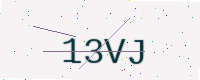
Text: 13VJ